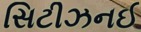
સિટીઝનઈ